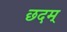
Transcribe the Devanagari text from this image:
छदम्